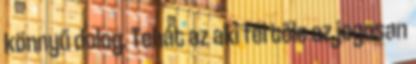
könnyű dolog. Tehát az aki fél tőle az jogosan